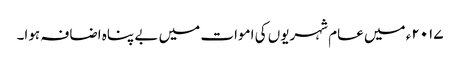
۲۰۱۷ء میں عام شہریوں کی اموات میں بے پناہ اضافہ ہوا۔